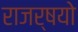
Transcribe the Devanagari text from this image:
राजर्षयो